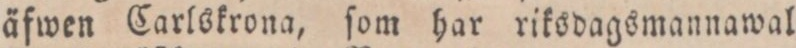
äfwen Carlskrona, ſom har riksdagsmannawal